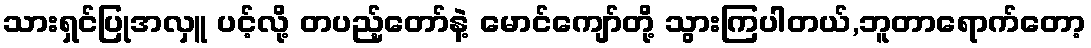
သားရှင်ပြုအလှူ ပင့်လို့ တပည့်တော်နဲ့ မောင်ကျော်တို့ သွားကြပါတယ်,ဘူတာရောက်တော့